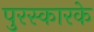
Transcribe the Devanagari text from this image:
पुरस्कारके